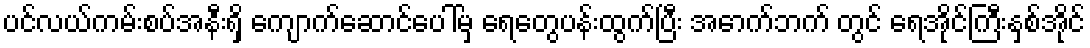
ပင်လယ်ကမ်းစပ်အနီးရှိ ကျောက်ဆောင်ပေါ်မှ ရေတွေပန်းထွက်ပြီး အောက်ဘက် တွင် ရေအိုင်ကြီးနှစ်အိုင်